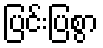
ပြင်းပြစွာ